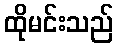
ထိုမင်းသည်